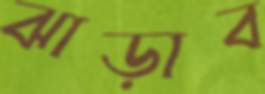
ঝাড়াব